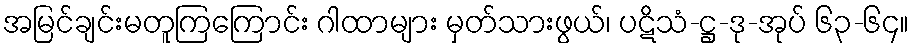
အမြင်ချင်းမတူကြကြောင်း ဂါထာများ မှတ်သားဖွယ်၊ ပဋိသံ-ဋ္ဌ-ဒု-အုပ် ၆၃-၆၄။